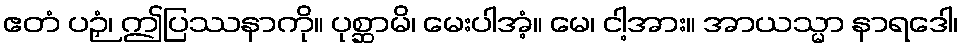
ဧတံ ပဉှံ၊ ဤပြဿနာကို။ ပုစ္ဆာမိ၊ မေးပါအံ့။ မေ၊ ငါ့အား။ အာယသ္မာ နာရဒေါ၊